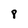
Character: 8